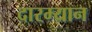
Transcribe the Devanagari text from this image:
दारम्यान